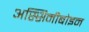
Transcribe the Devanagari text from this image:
अस्सिनीबोइन